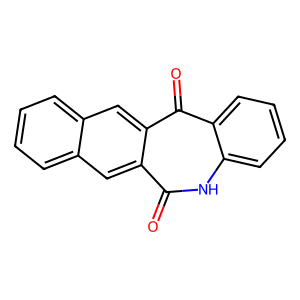
SMILES: O=c1[nH]c2ccccc2c(=O)c2cc3ccccc3cc12
Inhibits HIV replication: No